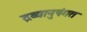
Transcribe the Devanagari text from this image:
द्रव्यानुषंगत